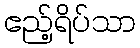
ဧည့်ရိပ်သာ